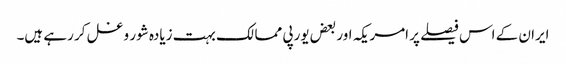
ایران کے اس فیصلے پر امریکہ اور بعض یورپی ممالک بہت زیادہ شور و غل کر رہے ہیں۔